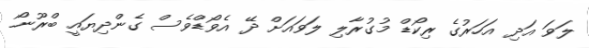
ލަވަ އަދި އަހަރުގެ ރިކޯޑް މުގުރާލި ލަވައަށް ދޭ އެވޯޑްވެސް ގެންދިޔައީ ބްރޫނޯ